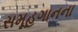
સમૂહગાનના